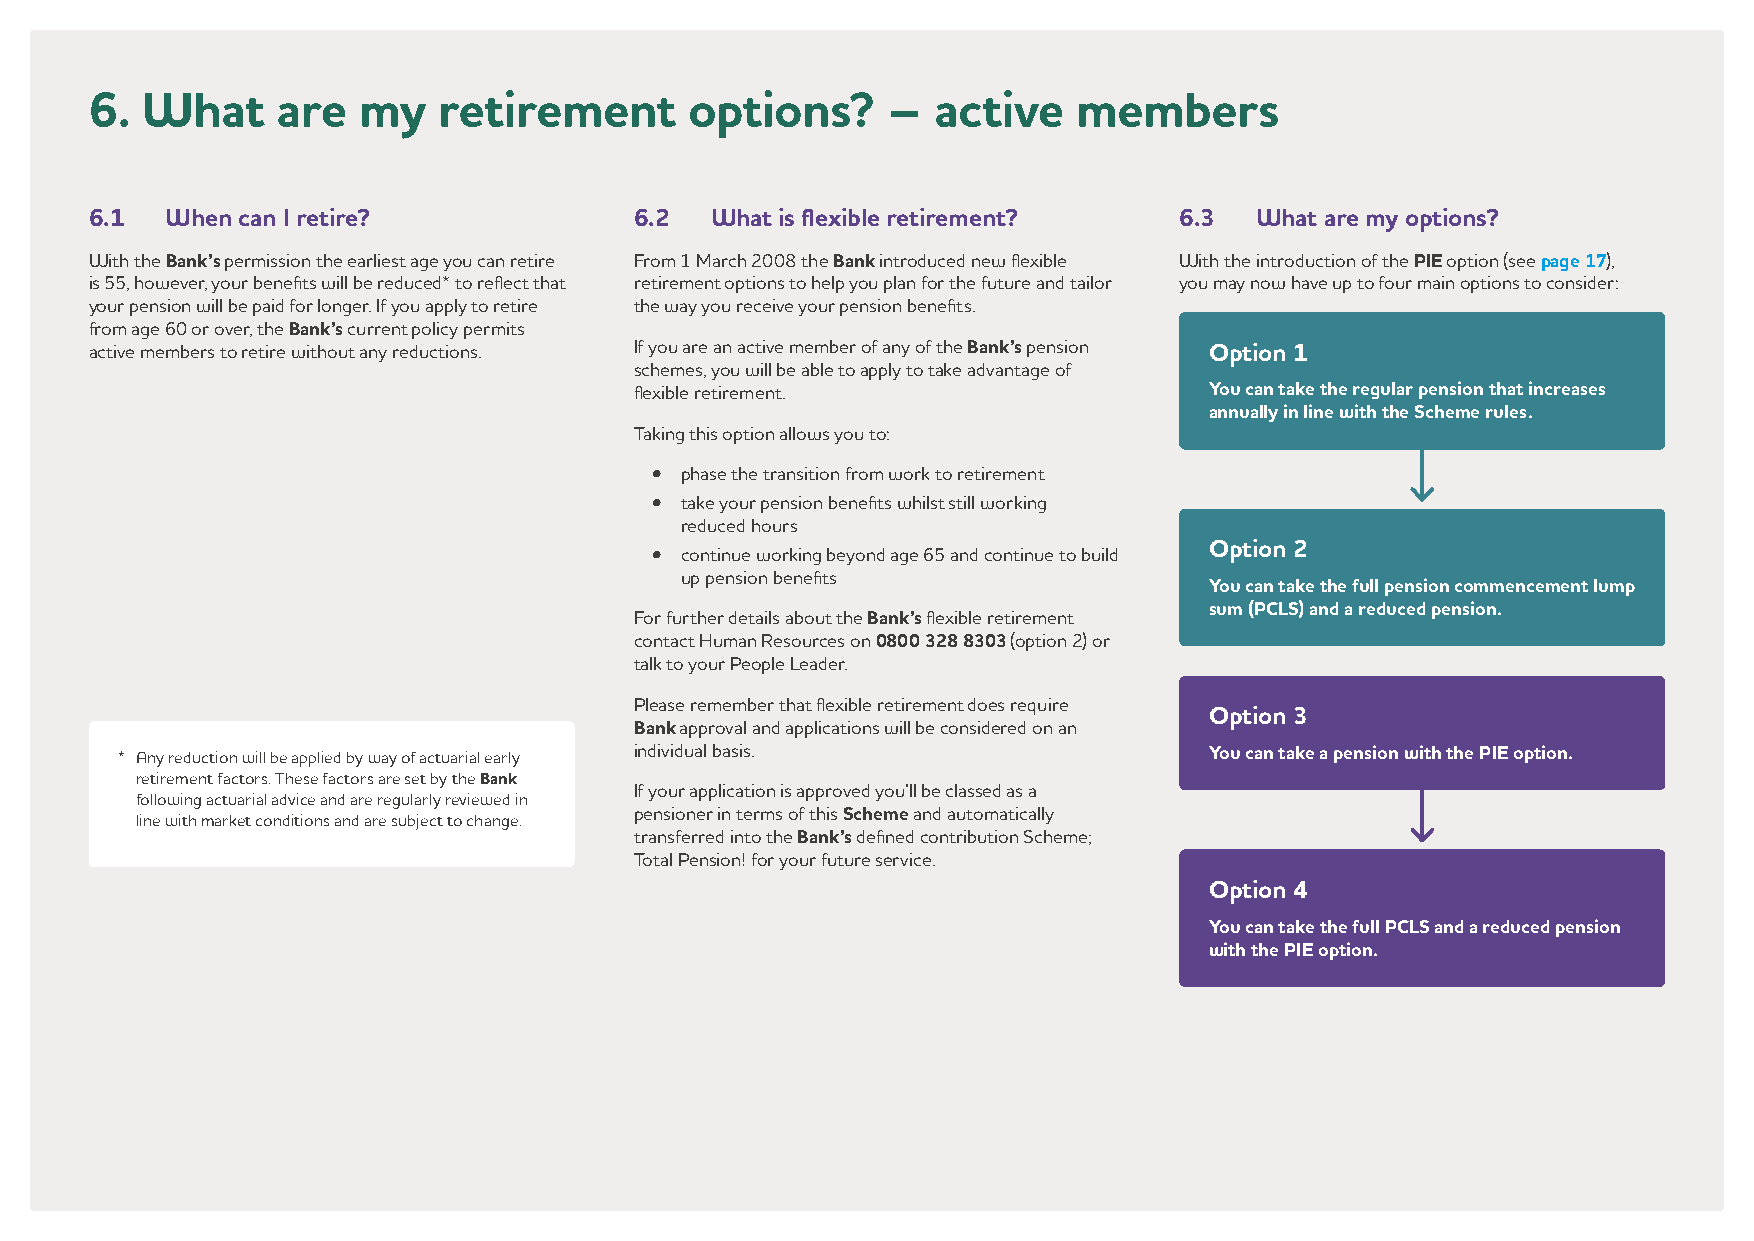
6. What     are   my   retirement       options?     –  active   members
 6.1  When can I retire?             6.2  What is flexible retirement?   6.3  What are my options?
 With the Bank’s permission the earliest age you can retire From 1 March 2008 the Bank introduced new flexible With the introduction of the PIE option (see page 17),
 is 55, however, your benefits will be reduced* to reflect that retirement options to help you plan for the future and tailor you may now have up to four main options to consider:
 your pension will be paid for longer. If you apply to retire the way you receive your pension benefits.
 from age 60 or over, the Bank’s current policy permits
 active members to retire without any reductions. If you are an active member of any of the Bank’s pension Option 1
 schemes, you will be able to apply to take advantage of
 flexible retirement.                  You can take the regular pension that increases
 annually in line with the Scheme rules.
 Taking this option allows you to:
 • p hase the transition from work to retirement
 • t ake your pension benefits whilst still working
 reduced hours
 • c ontinue working beyond age 65 and continue to build Option 2
 up pension benefits
 You can take the full pension commencement lump
 sum (PCLS) and a reduced pension.
 For further details about the Bank’s flexible retirement
 contact Human Resources on 0800 328 8303 (option 2) or
 talk to your People Leader.
 Please remember that flexible retirement does require
 Option 3
 Bank approval and applications will be considered on an
 * A ny reduction will be applied by way of actuarial early individual basis. You can take a pension with the PIE option.
 retirement factors. These factors are set by the Bank
 If your application is approved you’ll be classed as a
 following actuarial advice and are regularly reviewed in
 line with market conditions and are subject to change. pensioner in terms of this Scheme and automatically
 transferred into the Bank’s defined contribution Scheme;
 Total Pension! for your future service.
 Option 4
 You can take the full PCLS and a reduced pension
 with the PIE option.